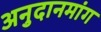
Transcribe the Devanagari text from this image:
अनुदानमांग